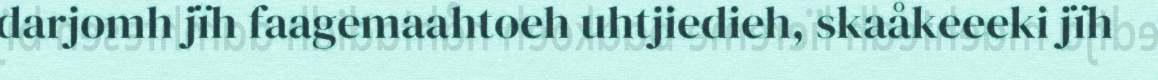
darjomh jïh faagemaahtoeh uhtjiedieh, skaåkeeeki jïh